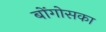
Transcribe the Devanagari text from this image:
बोंगोसका